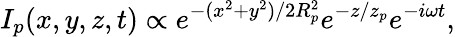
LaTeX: I_{p}(x,y,z,t)\propto e^{-(x^{2}+y^{2})/{2R_{p}^{2}}}e^{-z/z_{p}}e^{-i\omega t},